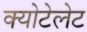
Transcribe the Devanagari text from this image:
क्योटेलेट